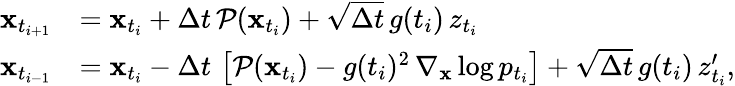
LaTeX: \begin{array}{rl}{\mathbf{x}_{t_{i+1}}}&{=\mathbf{x}_{t_{i}}+\Delta t\, \mathcal{P}(\mathbf{x}_{t_{i}})+\sqrt{\Delta t}\, g(t_{i})\, z_{t_{i}}}\\ {\mathbf{x}_{t_{i-1}}}&{=\mathbf{x}_{t_{i}}-\Delta t\, \left[\mathcal{P}(\mathbf{x}_{t_{i}})-g(t_{i})^{2}\, \nabla_{\mathbf{x}}\log p_{t_{i}}\right]+\sqrt{\Delta t}\, g({t_{i}})\, z_{t_{i}}^{\prime},}\end{array}